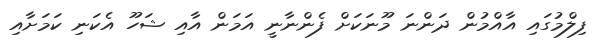
ފިލްމުގައި އާއްމުން ދަންނަ މޫނަކަށް ފެންނާނީ އަމަން އާއި ޝަހޫ އެކަނި ކަމަށާއި